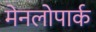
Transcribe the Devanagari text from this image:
मेनलोपार्क